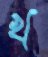
খ্